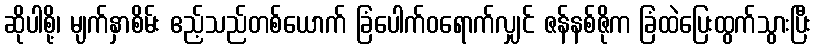
ဆိုပါစို့၊ မျက်နှာစိမ်း ဧည့်သည်တစ်ယောက် ခြံပေါက်ဝရောက်လျှင် ဇန်နစ်ဇိုက ခြံထဲပြေးထွက်သွားပြီး